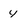
Character: 4